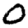
Digit: 0